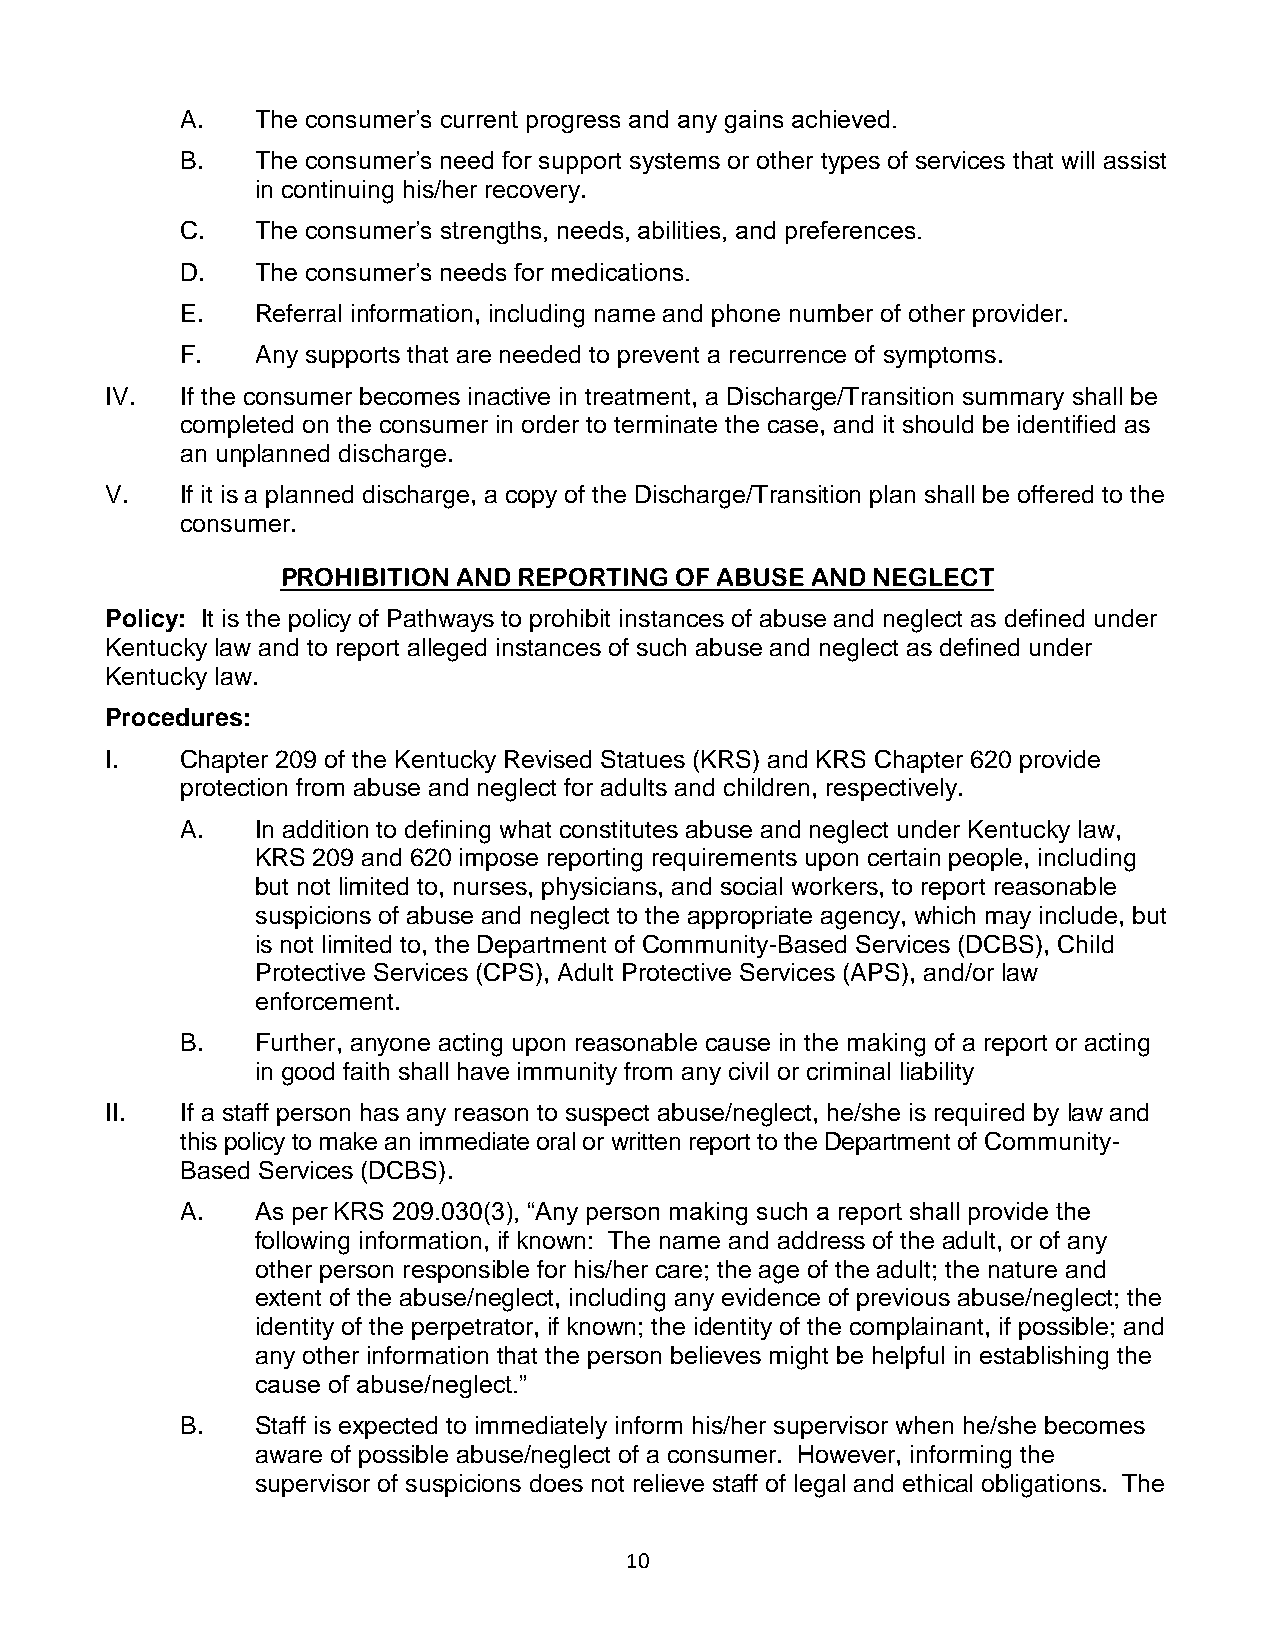
A.   The consumer’s current progress and any gains achieved.
 B.   The consumer’s need for support systems or other types of services that will assist
 in continuing his/her recovery.
 C.   The consumer’s strengths, needs, abilities, and preferences.
 D.   The consumer’s needs for medications.
 E.   Referral information, including name and phone number of other provider.
 F.   Any supports that are needed to prevent a recurrence of symptoms.
 IV.  If the consumer becomes inactive in treatment, a Discharge/Transition summary shall be
 completed on the consumer in order to terminate the case, and it should be identified as
 an unplanned discharge.
 V.   If it is a planned discharge, a copy of the Discharge/Transition plan shall be offered to the
 consumer.
 PROHIBITION AND REPORTING OF ABUSE AND NEGLECT
 Policy: It is the policy of Pathways to prohibit instances of abuse and neglect as defined under
 Kentucky law and to report alleged instances of such abuse and neglect as defined under
 Kentucky law.
 Procedures:
 I.   Chapter 209 of the Kentucky Revised Statues (KRS) and KRS Chapter 620 provide
 protection from abuse and neglect for adults and children, respectively.
 A.   In addition to defining what constitutes abuse and neglect under Kentucky law,
 KRS 209 and 620 impose reporting requirements upon certain people, including
 but not limited to, nurses, physicians, and social workers, to report reasonable
 suspicions of abuse and neglect to the appropriate agency, which may include, but
 is not limited to, the Department of Community-Based Services (DCBS), Child
 Protective Services (CPS), Adult Protective Services (APS), and/or law
 enforcement.
 B.   Further, anyone acting upon reasonable cause in the making of a report or acting
 in good faith shall have immunity from any civil or criminal liability
 II.  If a staff person has any reason to suspect abuse/neglect, he/she is required by law and
 this policy to make an immediate oral or written report to the Department of Community-
 Based Services (DCBS).
 A.   As per KRS 209.030(3), “Any person making such a report shall provide the
 following information, if known: The name and address of the adult, or of any
 other person responsible for his/her care; the age of the adult; the nature and
 extent of the abuse/neglect, including any evidence of previous abuse/neglect; the
 identity of the perpetrator, if known; the identity of the complainant, if possible; and
 any other information that the person believes might be helpful in establishing the
 cause of abuse/neglect.”
 B.   Staff is expected to immediately inform his/her supervisor when he/she becomes
 aware of possible abuse/neglect of a consumer. However, informing the
 supervisor of suspicions does not relieve staff of legal and ethical obligations. The
 10